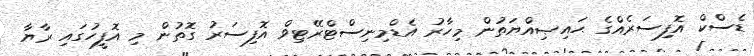
ޑެސްކް އޮފިސަރެއްގެ ޙައިޞިއްޔަތުން މިހާރު އެޑްމިނިސްޓްރޭޓިވް އޮފިސަރު ގޮތުން މި އޮފީހުގައި ރާޔާ